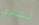
لنادي